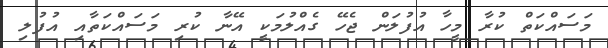
މަސައްކަތް ކުރާ މީހާ އުފުލަން ޖެހޭ ގެއްލުމަކީ އޭނާ ކުރި މަސައްކަތާއި އުފުލި